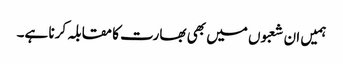
ہمیں ان شعبوں میں بھی بھارت کا مقابلہ کرنا ہے۔